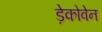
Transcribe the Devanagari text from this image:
ड़ेकोवेन